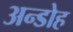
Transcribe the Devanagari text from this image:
अन्डोह